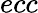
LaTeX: ecc